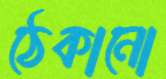
ঠেকানো